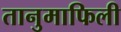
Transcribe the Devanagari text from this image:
तानुमाफिली